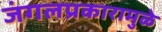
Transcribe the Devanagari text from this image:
जंगलप्रकारामुळे